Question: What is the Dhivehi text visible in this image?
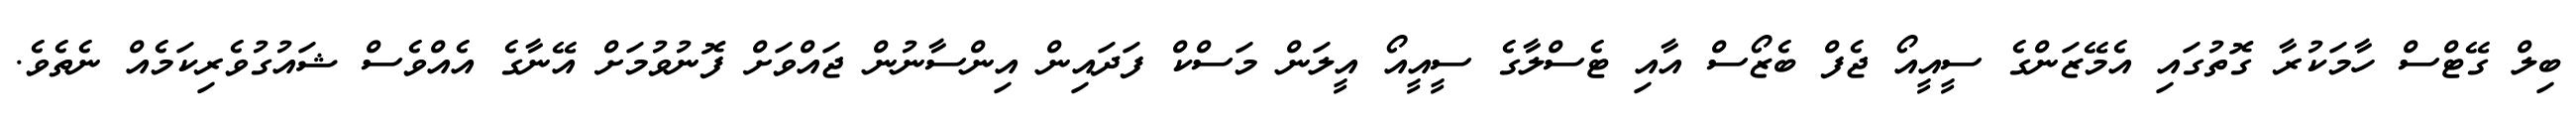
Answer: ބިލް ގޭޓްސް ހާމަކުރާ ގޮތުގައި އެމޭޒަންގެ ސީއީއޯ ޖެފް ބެޒޯސް އާއި ޓެސްލާގެ ސީއީއޯ އީލަން މަސްކް ފަދައިން އިންސާނުން ޖައްވަށް ފޮނުވުމަށް އޭނާގެ އެއްވެސް ޝައުގުވެރިކަމެއް ނެތެވެ.